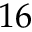
1 6